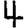
Digit: 4